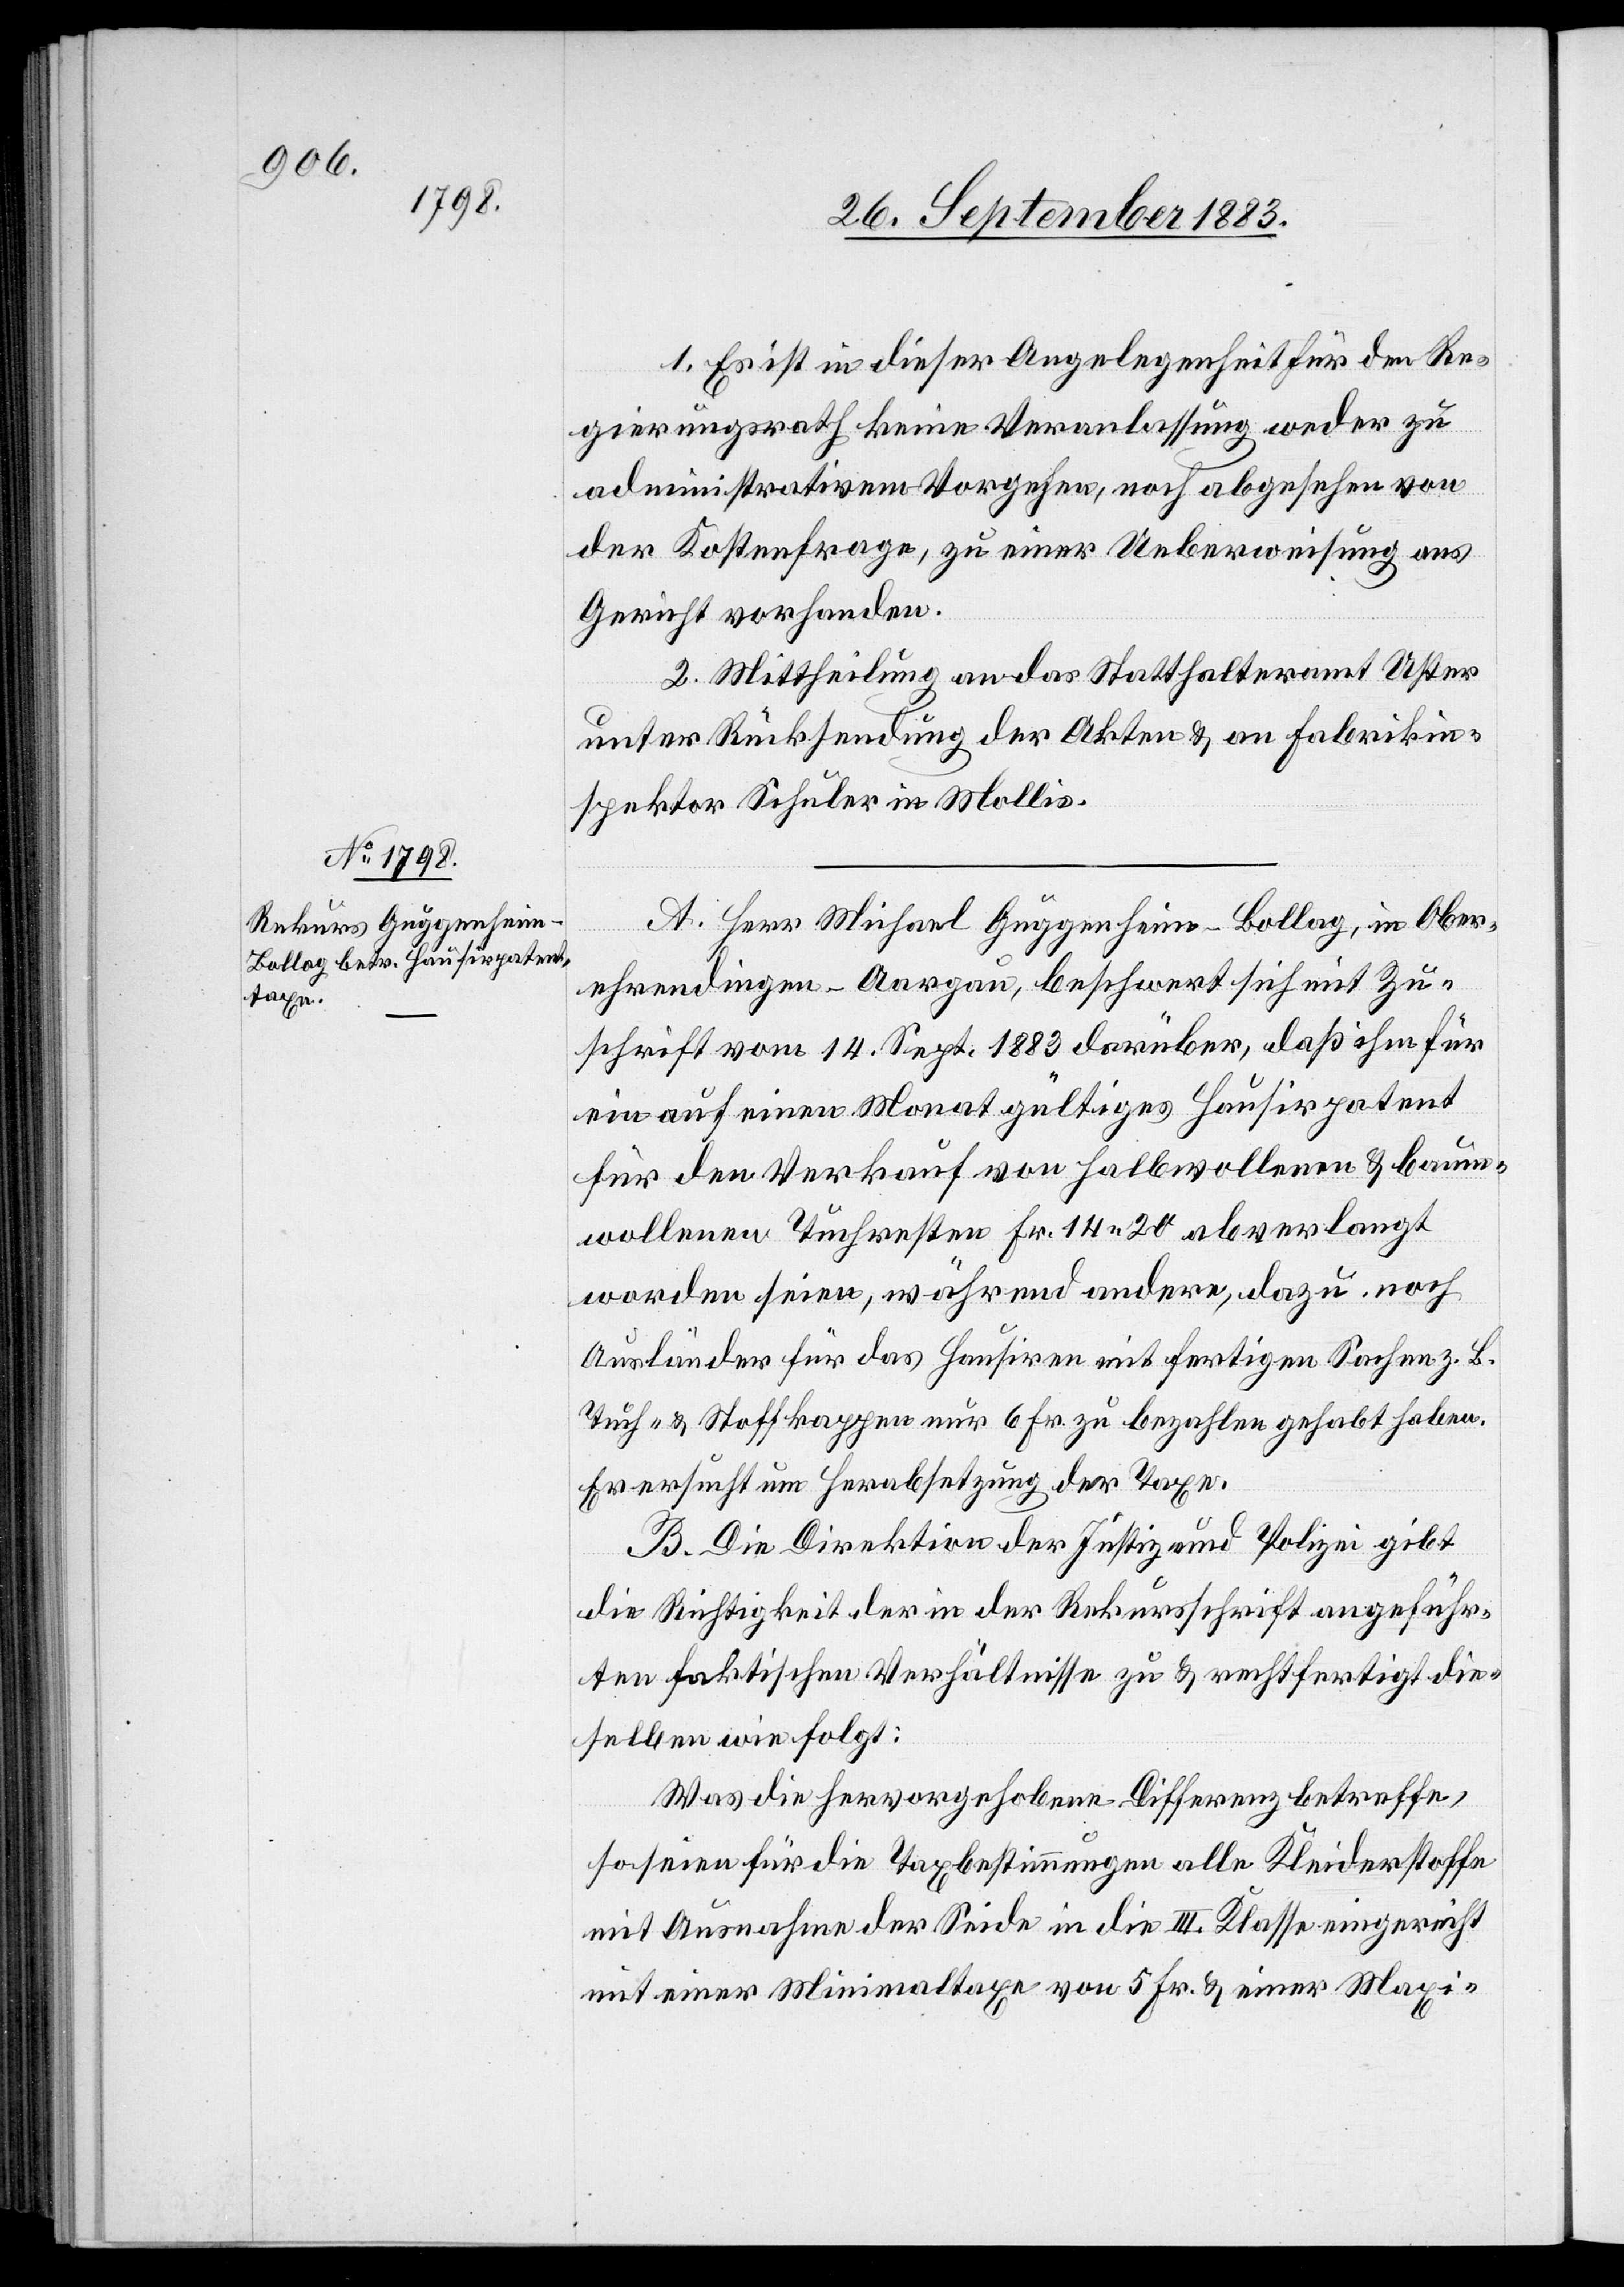
1. Es ist in dieser Angelegenheit für den Re¬
gierungsrath keine Veranlaßung weder zu
administrativen Vorgehen, noch abgesehen von
der Kostenfrage, zu einer Ueberweisung ans
Gericht vorhanden.
2. Mittheilung an das Statthalteramt Uster
unter Rücksendung der Akten & an Fabrikin¬
spektor Schuler in Mollis.
A. Herr Michael Guggenheim-Bollag, in Ober¬
ehrendingen - Aargau, beschwert sich mit Zu¬
schrift vom 14. Sept. 1883 darüber, daß ihm für
ein auf einen Monat gültiges Hausirpatent
für den Verkauf von halbwollenen & baum¬
wollenen Tuchresten Fr. 14 20 abverlangt
worden seien, während andere, dazu noch
Ausländer für das Hausiren mit fertigen Sachen z. B.
Tuch- & Stoffkappen zu 6 Fr. zu bezahlen gehabt haben.
Er ersucht um Herabsetzung der Taxe.
B. Die Direktion der Justiz und Polizei gibt
die Richtigkeit der in der Rekursschrift angeführ¬
ten faktischen Verhältnisse zu & rechtfertigt die¬
selben wie folgt:
Was die hervorgehobene Differenz betreffe,
so seien für die Taxbestimmungen alle Kleiderstoffe
mit Ausnahme der Seide in die III. Klasse eingereicht
mit einer Minimaltaxe von 5 Fr. & einer Maxi-